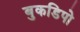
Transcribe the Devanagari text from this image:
बुकडिपो